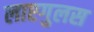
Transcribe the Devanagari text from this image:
लाएगुलस